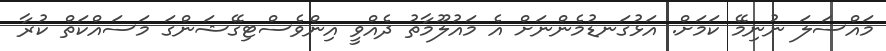
މައްސަލަ ނުނިމޭ ކަމަށް. އަޅުގަނޑުމެންނަށް އެ މައުލޫމާތު ދެއްވީ އިންވެސްޓިގޭޝަންގަ މަސައްކަތް ކުރާ